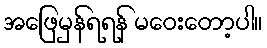
အဖြေမှန်ရရန် မဝေးတော့ပါ။